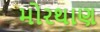
મોરથાણ